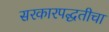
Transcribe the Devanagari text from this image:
सरकारपद्धतीचा